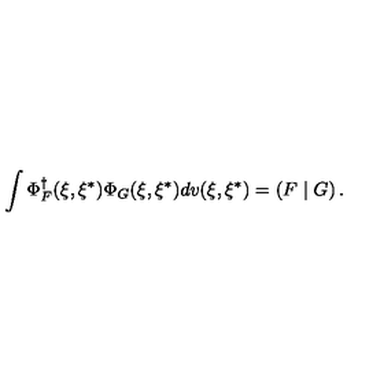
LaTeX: \int \Phi _ { F } ^ { \dagger } ( \xi , \xi ^ { * } ) \Phi _ { G } ( \xi , \xi ^ { * } ) d v ( \xi , \xi ^ { * } ) = \left( F \mid G \right) .